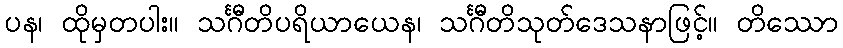
ပန၊ ထိုမှတပါး။ သင်္ဂီတိပရိယာယေန၊ သင်္ဂီတိသုတ်ဒေသနာဖြင့်။ တိဿော